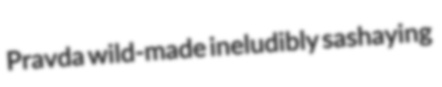
Pravda wild-made ineludibly sashaying